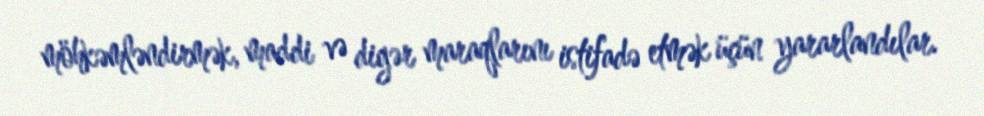
möhkəmləndirmək, maddi və digər maraqlarını istifadə etmək üçün yararlandılar.